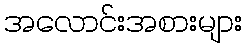
အလောင်းအစားများ